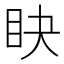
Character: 䀗